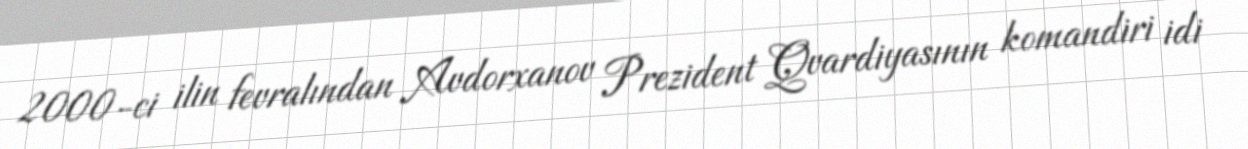
2000-ci ilin fevralından Avdorxanov Prezident Qvardiyasının komandiri idi